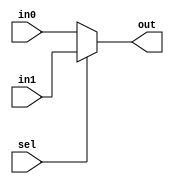
module MUX2to1_P2
    #(parameter Width = 32)
(
    input  [Width-1:0] in0, in1,
    input              sel,
    output [Width-1:0] out
);
    assign out = (sel == 1'b0) ? in0 : in1;
endmodule